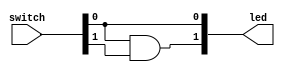
`timescale 1ns / 1ps
//////////////////////////////////////////////////////////////////////////////////
// Company: 
// Engineer: 
// 
// Design Name: 
// Module Name: LED_Switch
// Project Name: 
// Target Devices: 
// Tool Versions: 
// Description: 
// 
// Dependencies: 
// 
// Revision:
// Revision 0.01 - File Created
// Additional Comments:
// 
//////////////////////////////////////////////////////////////////////////////////


module LED_Switch(led,switch);
    output [1:0] led;
    input [1:0] switch;
    assign led[0] = switch[0];
    assign led[1] = switch[0] & switch[1];
endmodule